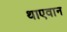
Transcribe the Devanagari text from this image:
थाएवान